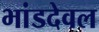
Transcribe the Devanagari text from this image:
भांडदेवल